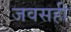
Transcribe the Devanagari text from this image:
जवसही